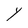
Character: Y